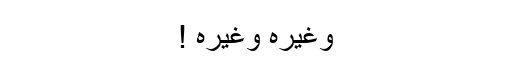
وغیرہ وغیرہ !